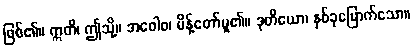
ဖြစ်၏။ ဣတိ၊ ဤသို့။ အဝေါစ၊ မိန့်တော်မူ၏။ ဒုတိယော၊ နှစ်ခုမြောက်သော။